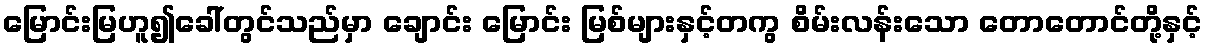
မြောင်းမြဟူ၍ခေါ်တွင်သည်မှာ ချောင်း မြောင်း မြစ်များနှင့်တကွ စိမ်းလန်းသော တောတောင်တို့နှင့်